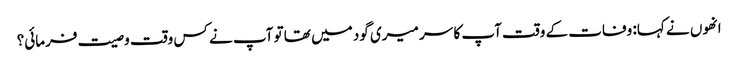
انھوں نے کہا: وفات کے وقت آپ کا سر میری گود میں تھا تو آپ نے کس وقت وصیت فرمائی؟